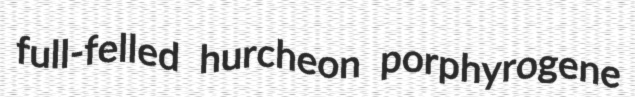
full-felled hurcheon porphyrogene